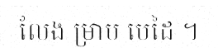
លែង ម្រាម មេដៃ ។